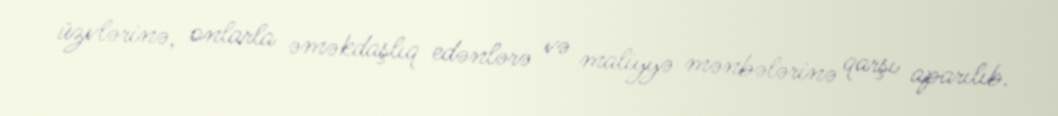
üzvlərinə, onlarla əməkdaşlıq edənlərə və maliyyə mənbələrinə qarşı aparılıb.